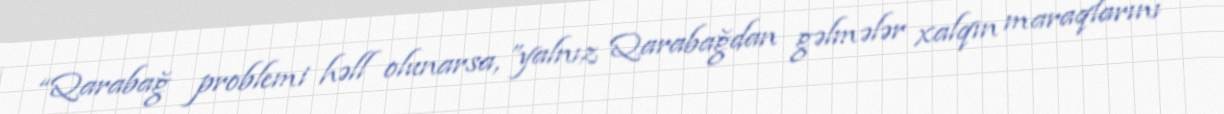
“Qarabağ problemi həll olunarsa, ”yalnız Qarabağdan gəlmələr xalqın maraqlarını